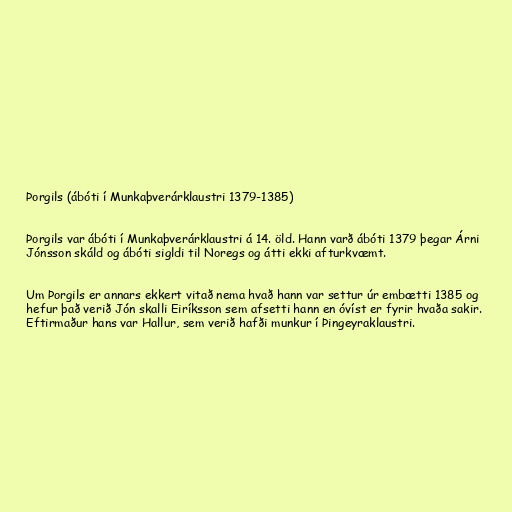
Þorgils (ábóti í Munkaþverárklaustri 1379-1385)

Þorgils var ábóti í Munkaþverárklaustri á 14. öld. Hann varð ábóti 1379 þegar Árni
Jónsson skáld og ábóti sigldi til Noregs og átti ekki afturkvæmt.

Um Þorgils er annars ekkert vitað nema hvað hann var settur úr embætti 1385 og
hefur það verið Jón skalli Eiríksson sem afsetti hann en óvíst er fyrir hvaða sakir.
Eftirmaður hans var Hallur, sem verið hafði munkur í Þingeyraklaustri.